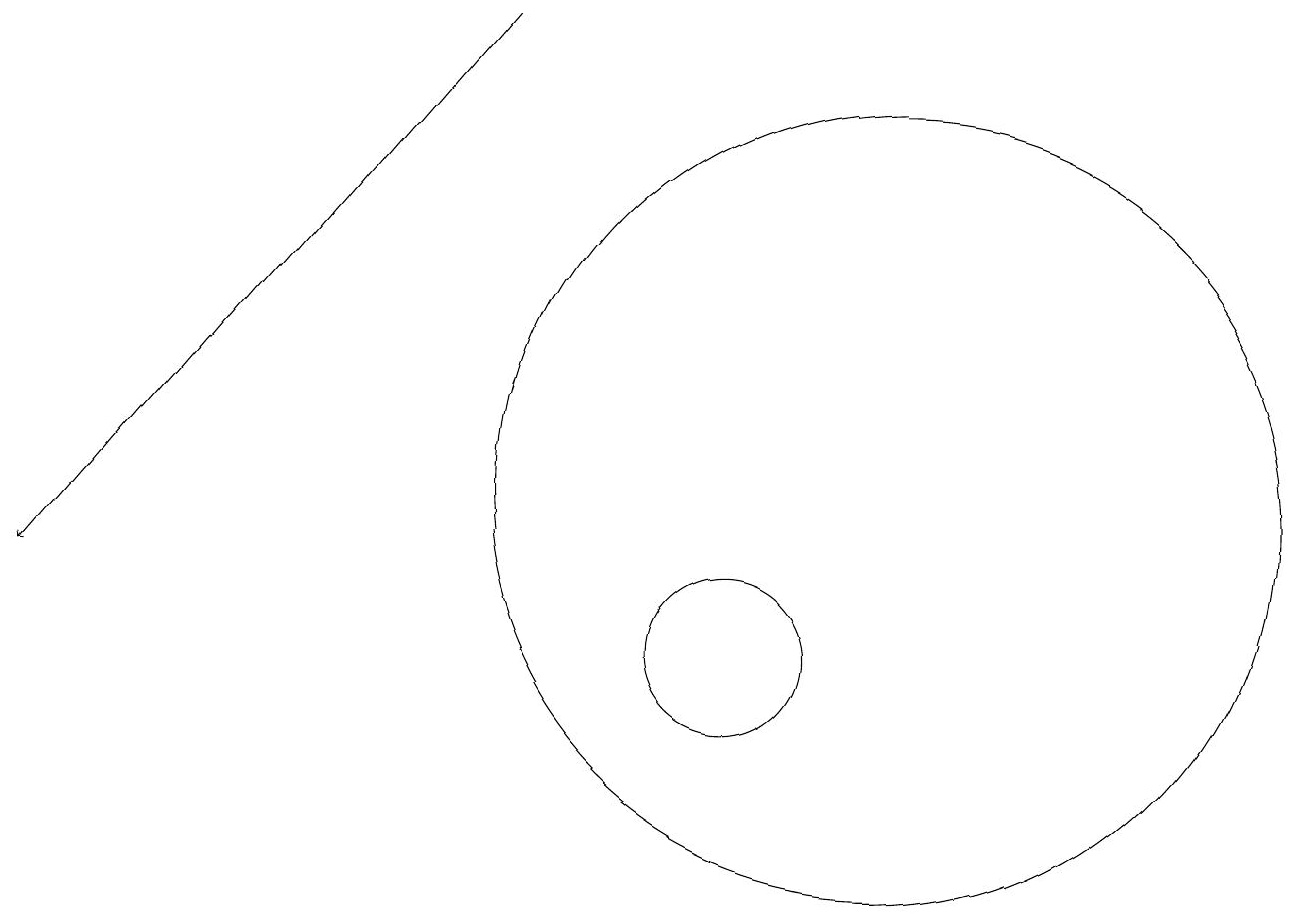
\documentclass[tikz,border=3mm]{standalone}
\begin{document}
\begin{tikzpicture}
\draw (10,10) circle (1);
\draw (12,12) circle (5);
\draw[->] (7,18) -- (1,11);
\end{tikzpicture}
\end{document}